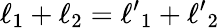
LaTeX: \ell_{1}+\ell_{2}={\ell^{\prime}}_{1}+{\ell^{\prime}}_{2}